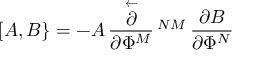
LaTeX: [ A , B \} = - A \, { \frac { \stackrel { \leftarrow } { \partial } } { \partial \Phi ^ { M } } } \, \O ^ { N M } \, { \frac { \partial B } { \partial \Phi ^ { N } } }